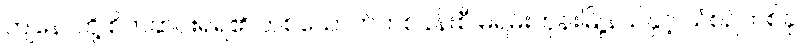
ကျနောတို့ စိတ်ဆင်းရဲရ၏ တစ်ယောက်တစ်ခန်းစီ မရမ်းကုန်းမြို့နယ်နှင့် သံစဉ်တစ်ခု